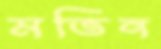
মতিন